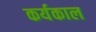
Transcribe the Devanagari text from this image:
कर्यकाल